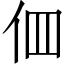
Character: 𠇻